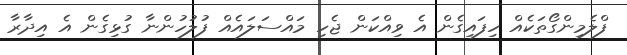
ފްލެމިންގޯތަކެއް ހިފައިގެން އެ ވިއްކަން ޖެހި މައްސަލައެއް ފުލުހުންނާ ގުޅިގެން އެ އިދާރާ